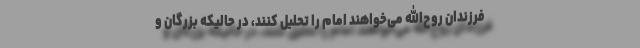
فرزندان روح‌الله می‌خواهند امام را تحلیل کنند، در حالیکه بزرگان و